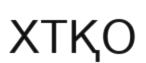
ХТҚО